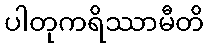
ပါတုကရိဿာမီတိ